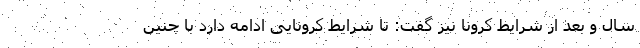
سال و بعد از شرایط کرونا نیز گفت: تا شرایط کرونایی ادامه دارد با چنین